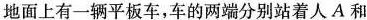
地面上有一辆平板车，车的两端分别站着人 A 和